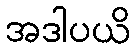
အဒါပယိ